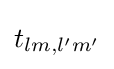
{t_{lm,l'm'}}